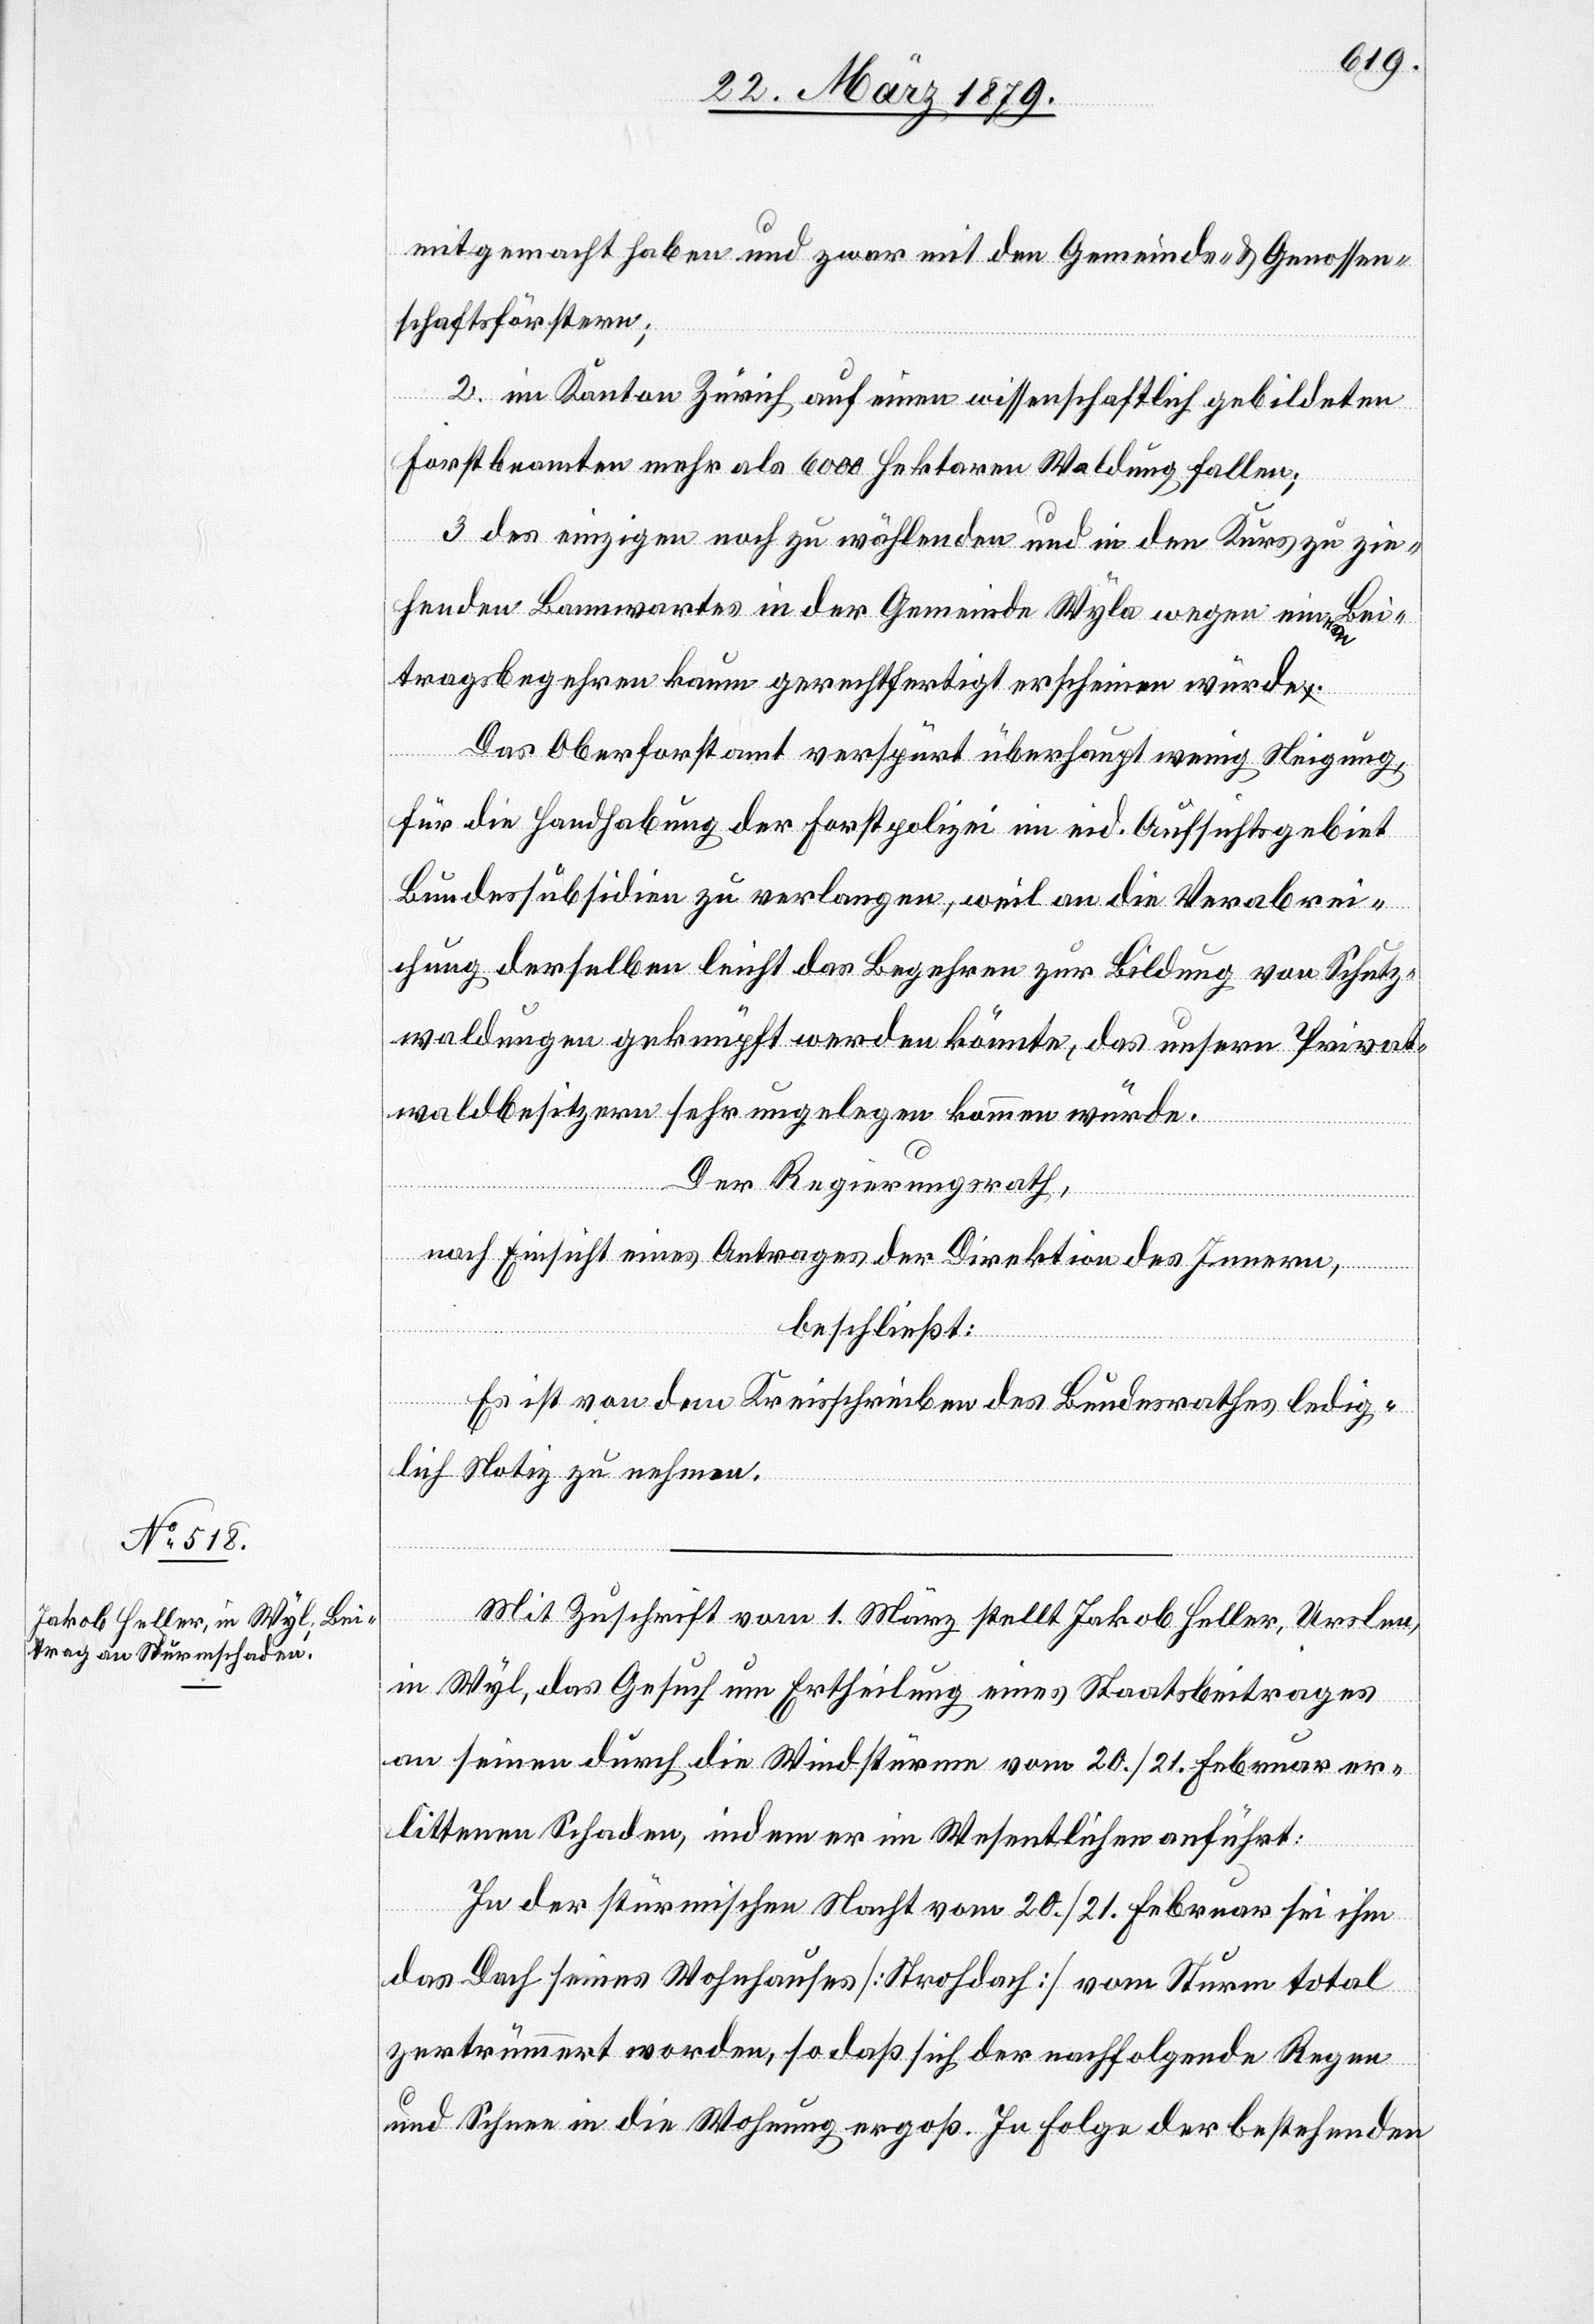
mitgemacht haben und zwar mit den Gemeinds- & Genossen¬
schaftsförstern;
2. im Kanton Zürich auf einen wissenschaftlich gebildeten
Forstbeamten mehr als 6000 Hektaren Waldung fallen;
3. des einzigen noch zu wählenden und in den Kurs zu zie¬
henden Bannwartes in der Gemeinde Wyla wegen ein Bei¬
tragsbegehren kaum gerechtfertigt erscheinen würde.
Das Oberforstamt verspürt überhaupt wenig Neigung,
für die Handhabung der Forstpolizei im eid. Aufsichtsgebiet
Bundessubsidien zu verlangen, weil an die Verabrei¬
chung derselben leicht das Begehren zur Bildung von Schutz¬
waldungen geknüpft werden könnte, das unsern Privat¬
waldbesitzern sehr ungelegen kommen würde.
Der Regierungsrath,
nach Einsicht eines Antrages der Direktion des Innern,
beschließt:
Es ist von dem Kreisschreiben des Bundesrathes ledig¬
lich Notiz zu nehmen.
Mit Zuschrift vom 1. März stellt Jakob Heller, Urslen
in Wyl, das Gesuch um Ertheilung eines Staatsbeitrages
an seinen durch die Windstürme vom 20./21. Februar er¬
littenen Schaden, indem er im Wesentlichen anführt:
In der stürmischen Nacht vom 20./21. Februar sei ihm
das Dach seines Wohnhauses [Strohdach] vom Sturm total
zertrümmert worden, so daß sich der nachfolgende Regen
und Schnee in die Wohnung ergoß. In Folge der bestehenden